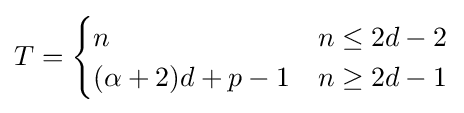
T={\begin{cases}n&n\leq 2d-2\\(\alpha +2)d+p-1&n\geq 2d-1\end{cases}}